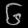
Digit: ၆